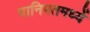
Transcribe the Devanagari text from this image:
पानिपतमध्यें